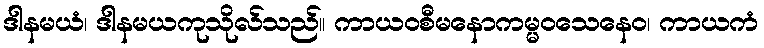
ဒါနမယံ၊ ဒါနမယကုသိုလ်သည်။ ကာယဝစီမနောကမ္မဝသေနေဝ၊ ကာယကံ